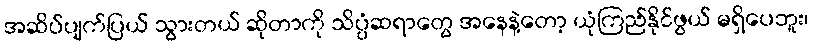
အဆိပ်ပျက်ပြယ် သွားတယ် ဆိုတာကို သိပ္ပံဆရာတွေ အနေနဲ့တော့ ယုံကြည်နိုင်ဖွယ် မရှိပေဘူး၊